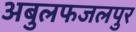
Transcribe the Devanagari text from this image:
अबुलफजलपुर